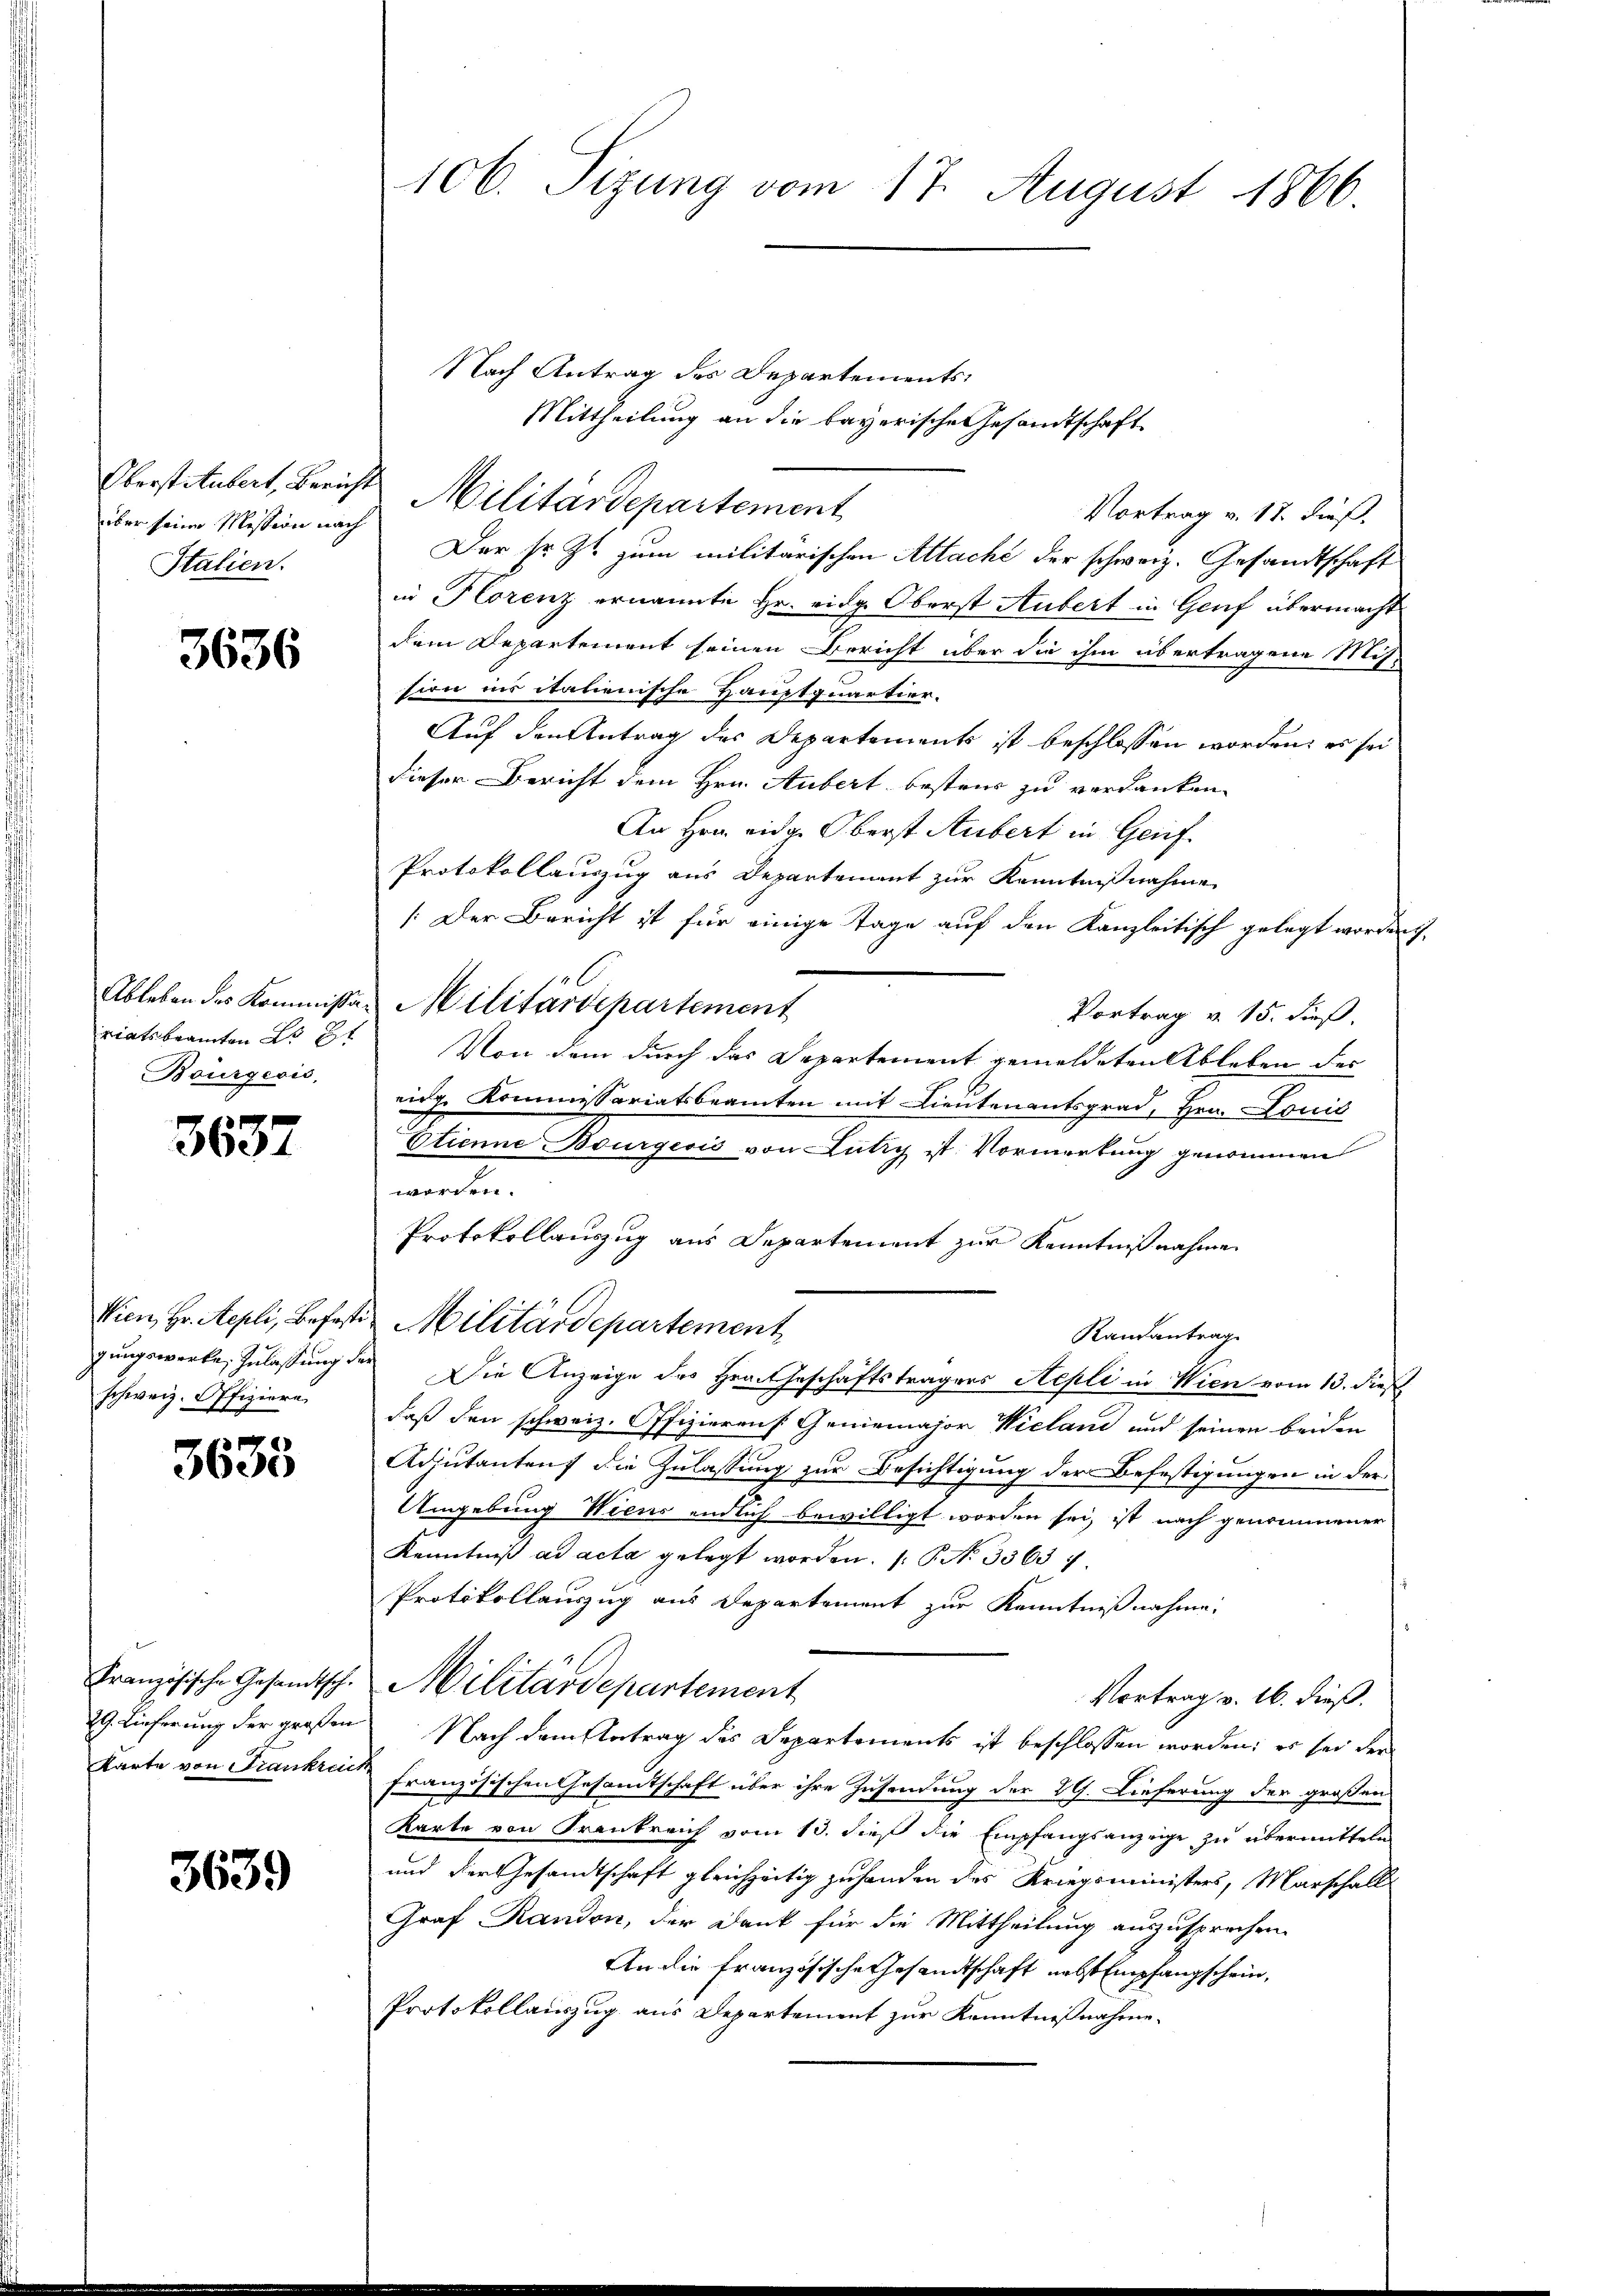
über seine Mission nach
Italien.

3636

Bourgesis,

3637

schweiz. Offiziere

3633

3639

106. Sizung vom 17. August 1866.

Nach Antrag des Departements¬
Mittheilung an die bayerische Gesandtschaft
Vortrag v. 17. dieß,
Der sr. Zt. zum militarischen Allache der schweiz. Gesandtschaft
in Horenz ernannte Hr. eidg. Oberst Aubert in Genf übermacht
dem Departement seinen Bericht über die ihm übertragene Mis-
sion ins italienische Hauptquartier.
Auf den Antrag der Departements ist beschlossen worden, es sei
dieser Bericht dem Hrn. Aubert besteur zu verdanken.
An Hrn. eidg. Oberst Aubert in Genf
Protokollauszug aus Departement zur Kenntnißnahme
(Der Bericht ist für einige Tage auf den Kanzleitisch gelegt worden,
l
Ableben des Kommissar Militärdepartement
Vortrag v. 15. dieß.
riatsbeamten L. St. Von dem durch das Departement gemeldeten Ableben des
eidg. Kommissariatsbeamten mit Lieutenantsgrad, Hrn. Louis
Etienne Bourgesis von Lutry ist. Vormerkung genommen
e
Protokollauszug aus Departement zur Kenntnißnahme
Wien, Hr. Repli, Befeste Militärdepartement
Randantrag
gungswerke Zulassung der Die Anzeige des Hrn. Geschäftsträgers Repli in Wien vom 13. dieß
daß den schweiz. Offizierens Geniemajor Wieland und seinen beiden
Adjutanten die Zulassung zur Besichtigung der Befestigungen in der
Umgebung Wiens endlich bewilligt worden sei, ist nach genommener
Kenntniß ad acta gelegt worden. ( P. N. 33637.
Protokollauszug aus Departement zur Kenntnißnahme.
Französische Gesamtsch. Militärdepartement
Vortrag v. 16. dieß.
29. Lieferung der grossen Nach dem Antrag des Departements ist beschlossen worden; es sei der
karte von Frankreis französischen Gesandtschaft über ihre Zusendung der 2. Lieferung der großen
Karte von Frankreich vom 13. dieß die Empfangsanzeige zu übermitteln
und der Gesandtschaft gleichzeitig zu handen des Kriegsministers, Marschall
Graf Randen, der Dank für die Mittheilung auszusprechen.
An die französische Gesandtschaft nebst Empfangschein,
Protokollauszug aus Departement zur Kenntnißnahme.

Oberstitubert, Bericht Militärdepartement